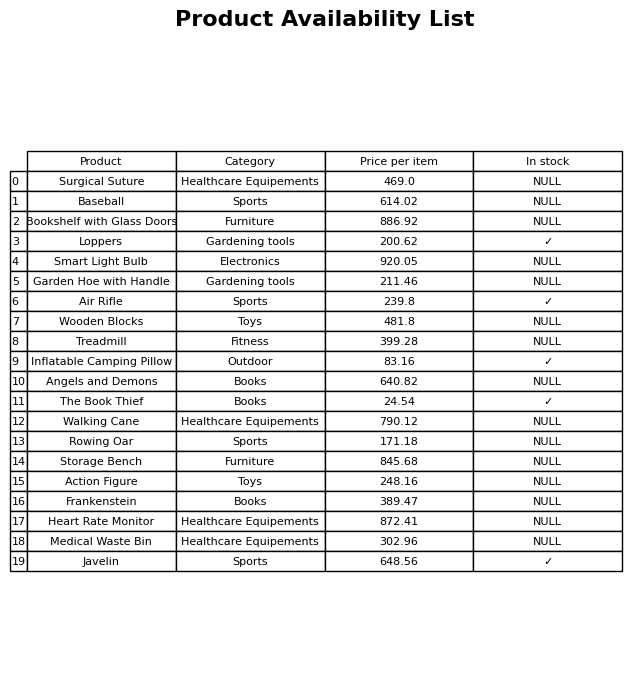
question: What category does the Frankenstein belong to?
answer: Books